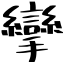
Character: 攣